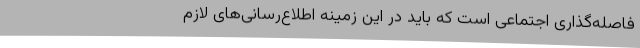
فاصله‌گذاری اجتماعی است که باید در این زمینه اطلاع‌رسانی‌های لازم